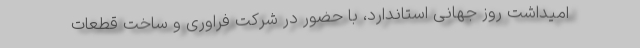
امیداشت روز جهانی استاندارد، با حضور در شرکت فراوری و ساخت قطعات